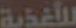
للأغذية